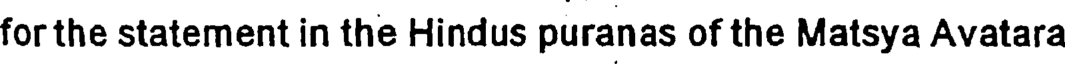
for the statement in the Hindus puranas of the Matsya Avatara